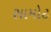
સામોટ